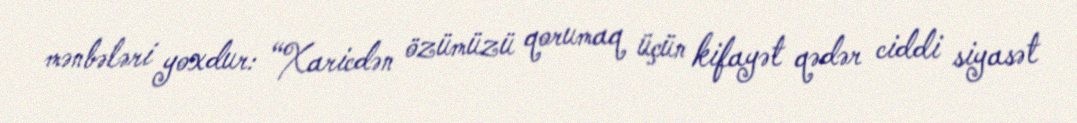
mənbələri yoxdur: “Xaricdən özümüzü qorumaq üçün kifayət qədər ciddi siyasət